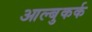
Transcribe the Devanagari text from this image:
आल्बुकर्क